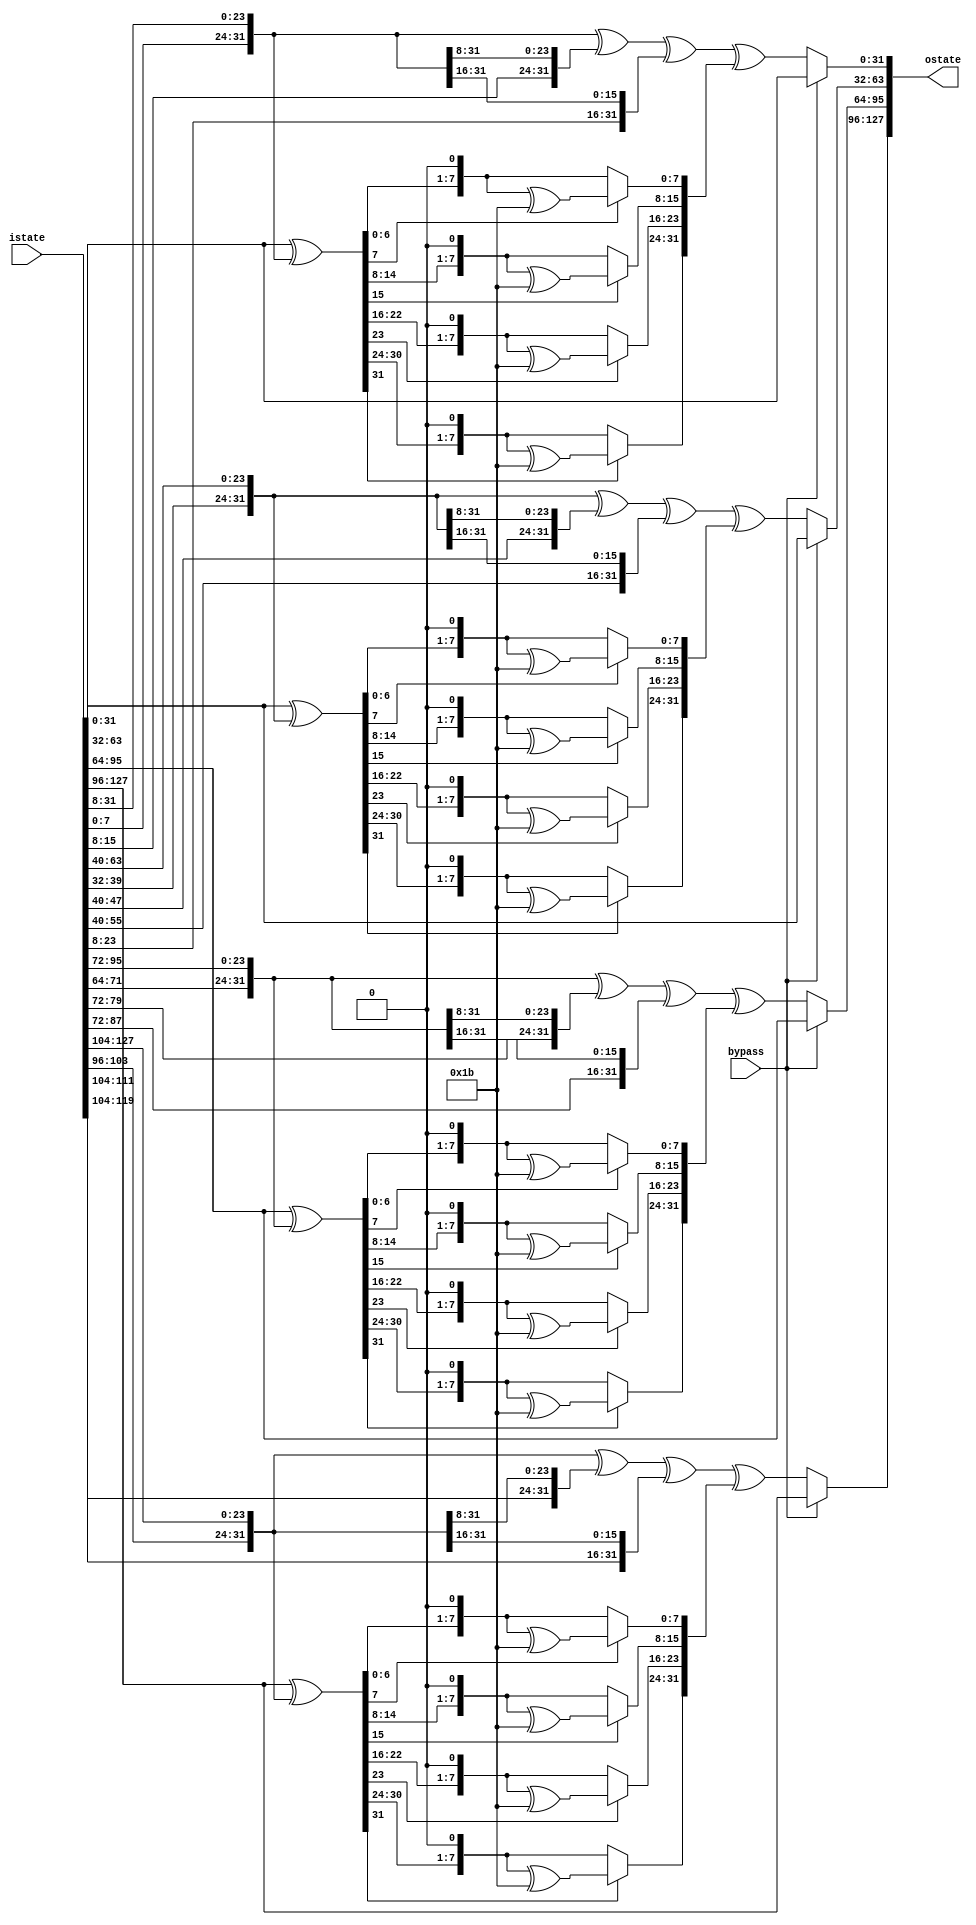
module mixcolumns (
	input [127:0] istate,
	input bypass,

	output [127:0] ostate
);

wire [127:0] buf1;
wire [127:0] buf3;
wire [127:0] buf4;

genvar i;

generate
for(i = 0; i < 16; i= i+4) begin : mix_columns0

	assign buf1[ 8*i+31 : 8*i ] = { istate[ 8*i+7 : 8*i ], istate[ 8*i+31 : 8*i+8 ] } ^ { istate[ 8*i+15 : 8*i ], istate[ 8*i+31 : 8*i+16 ] } ^ { istate[ 8*i+23 : 8*i ], istate[ 8*i+31 : 8*i+24 ] };
	
	assign buf3[ 8*i+31 : 8*i] = istate[ 8*i+31 : 8*i ] ^ { istate[ 8*i+7 : 8*i ], istate[ 8*i+31 : 8*i+8 ] };

	//Galois Multiplication
	assign buf4[ 8*(i)+7 : 8*(i) ]     = buf3[ 8*(i)+7 ]   ? ( { buf3[ 8*(i)+6 : 8*(i) ], 1'b0 } ^ 8'h1b )     : { buf3[ 8*(i)+6 : 8*(i) ], 1'b0 };
	assign buf4[ 8*(i+1)+7 : 8*(i+1) ] = buf3[ 8*(i+1)+7 ] ? ( { buf3[ 8*(i+1)+6 : 8*(i+1) ], 1'b0 } ^ 8'h1b ) : { buf3[ 8*(i+1)+6 : 8*(i+1) ], 1'b0 };
	assign buf4[ 8*(i+2)+7 : 8*(i+2) ] = buf3[ 8*(i+2)+7 ] ? ( { buf3[ 8*(i+2)+6 : 8*(i+2) ], 1'b0 } ^ 8'h1b ) : { buf3[ 8*(i+2)+6 : 8*(i+2) ], 1'b0 };
	assign buf4[ 8*(i+3)+7 : 8*(i+3) ] = buf3[ 8*(i+3)+7 ] ? ( { buf3[ 8*(i+3)+6 : 8*(i+3) ], 1'b0 } ^ 8'h1b ) : { buf3[ 8*(i+3)+6 : 8*(i+3) ], 1'b0 };

	//bypass option for last round of encryption
	assign ostate[ 8*i+31 : 8*i ] = bypass ? istate[ 8*i+31 : 8*i ] : buf1[ 8*i+31 : 8*i ] ^ buf4[ 8*i+31 : 8*i ];

end
endgenerate

endmodule